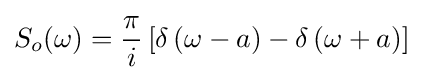
S_{o}(\omega )={\frac {\pi }{i}}\left[\delta \left(\omega -a\right)-\delta \left(\omega +a\right)\right]